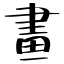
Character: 畫